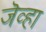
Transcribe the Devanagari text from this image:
जॆव्हा